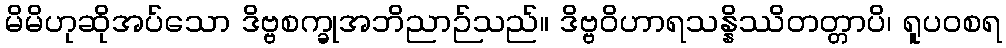
မိမိဟုဆိုအပ်သော ဒိဗ္ဗစက္ခုအဘိညာဉ်သည်။ ဒိဗ္ဗဝိဟာရသန္နိဿိတတ္တာပိ၊ ရူပဝစရ